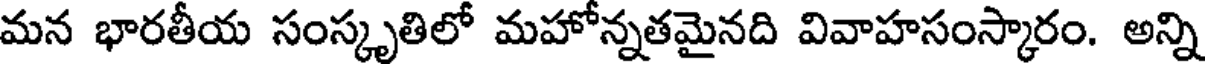
మన భారతీయ సంస్కృతిలో మహోన్నతమైనది వివాహసంస్కారం. అన్ని